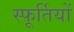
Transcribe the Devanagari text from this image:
स्फूर्तियों